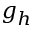
g _ { h }